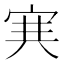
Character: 𡨄